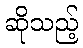
ဆိုသည့်